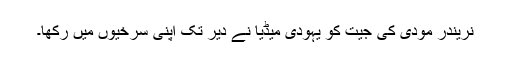
نریندر مودی کی جیت کو یہودی میڈیا نے دیر تک اپنی سرخیوں میں رکھا۔